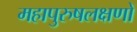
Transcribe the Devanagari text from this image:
महापुरुषलक्षणों